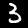
Label: 3